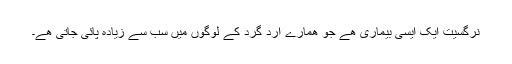
نرگسیت ایک ایسی بیماری ھے جو ھمارے ارد گرد کے لوگوں میں سب سے زیادہ پائی جاتی ھے۔